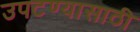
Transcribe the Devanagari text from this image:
उपटण्यासाठी